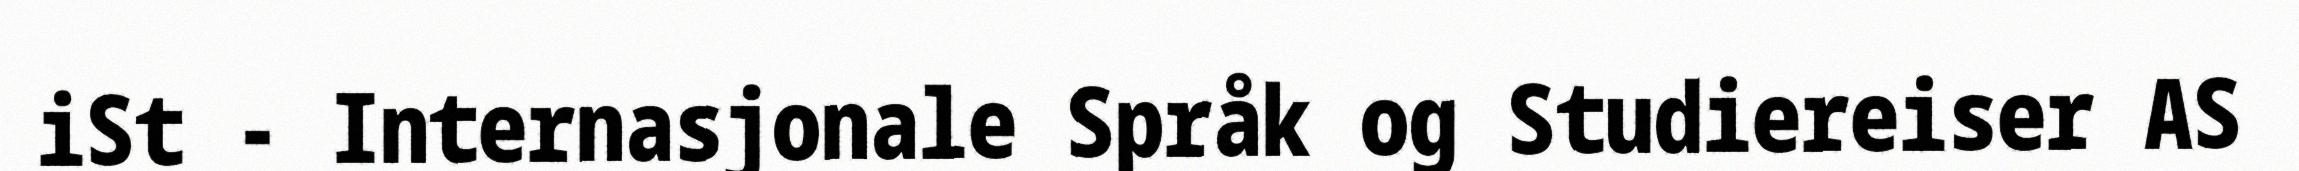
iSt - Internasjonale Språk og Studiereiser AS